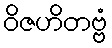
ဝိဇဟိတဗ္ဗံ